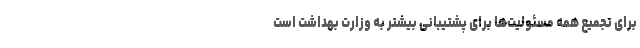
برای تجمیع همه مسئولیت‌ها برای پشتیبانی بیشتر به وزارت بهداشت است